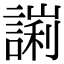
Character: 𧪙